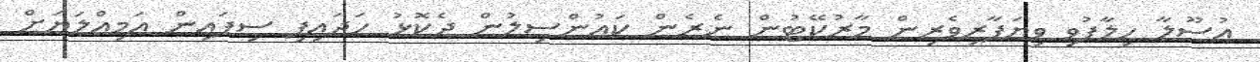
އުސޫލާ ހިލާފުވި ވިޔަފާރިވެރިން މާރުކޭޓުން ނެރެން ކައުންސިލުން ދެކޮޅު ހަދައިފި ސިފައިން އަމިއްލަޔަށް